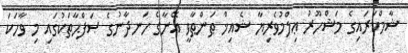
ޝާމްކަރައިގެ މަޝްހޫރު ޢިލްމުވެރިޔާ ޝެއިޚް ޠަންޠާވީ އޭނާގެ ހަނދާނުގެ ޞަފްޙާތަކުގައި މި ވާހަކަ